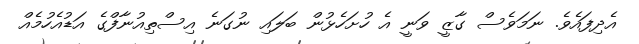
އެދިފައެވެ. ނަމަވެސް ގާޒީ ވަނީ އެ ހުށަހެޅުން ބަލައި ނުގަނެ އިސްތިއުނާފްގެ އަޑުއެހުމެއް